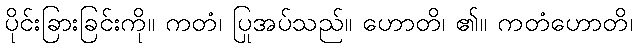
ပိုင်းခြားခြင်းကို။ ကတံ၊ ပြုအပ်သည်။ ဟောတိ၊ ၏။ ကတံဟောတိ၊